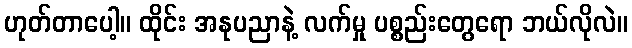
ဟုတ်တာပေါ့။ ထိုင်း အနုပညာနဲ့ လက်မှု ပစ္စည်းတွေရော ဘယ်လိုလဲ။